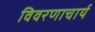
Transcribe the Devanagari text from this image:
विवरणाचार्य